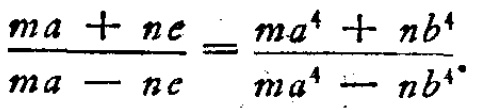
$\frac{ma + ne}{ma - ne}=\frac{ma^{4}+nb^{4}}{ma^{4}-nb^{4}}$